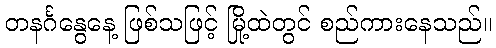
တနင်္ဂနွေနေ့ ဖြစ်သဖြင့် မြို့ထဲတွင် စည်ကားနေသည်။